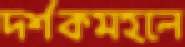
দর্শকমহলে